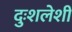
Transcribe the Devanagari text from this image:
दुःशलेशी